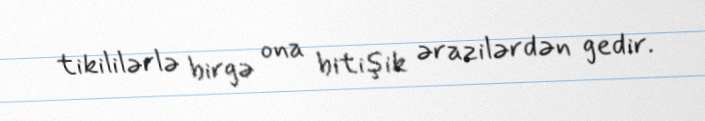
tikililərlə birgə ona bitişik ərazilərdən gedir.